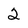
Character: 2